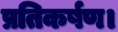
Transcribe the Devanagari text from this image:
प्रतिकर्षण।